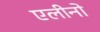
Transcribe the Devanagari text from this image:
एलीनो